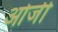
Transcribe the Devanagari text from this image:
ओर्जी